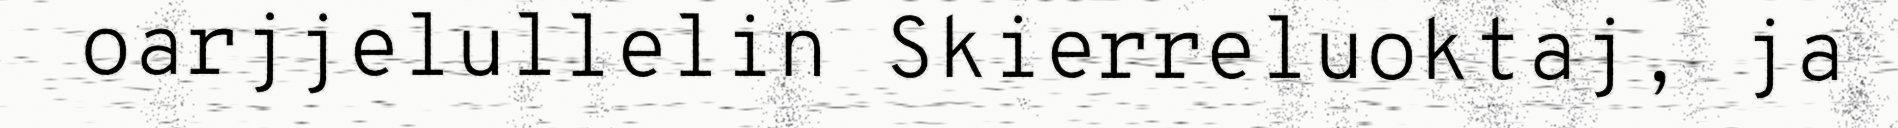
oarjjelullelin Skierreluoktaj, ja